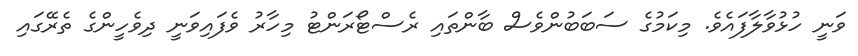
ވަނީ ހުޅުވާލާފައެވެ. މިކަމުގެ ސަބަބުންވެސް ބާންތައި ރެސްޓޯރަންޓު މިހާރު ވެފައިވަނީ ދިވެހީންގެ ތެރޭގައި